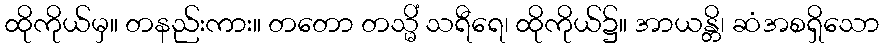
ထိုကိုယ်မှ။ တနည်းကား။ တတော တသ္မိံ သရီရေ၊ ထိုကိုယ်၌။ အာယန္တိ၊ ဆံအစရှိသော